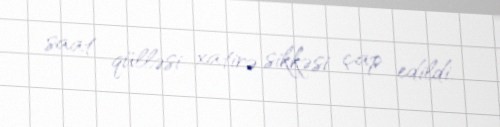
saat qülləsi xatirə sikkəsi çap edildi.